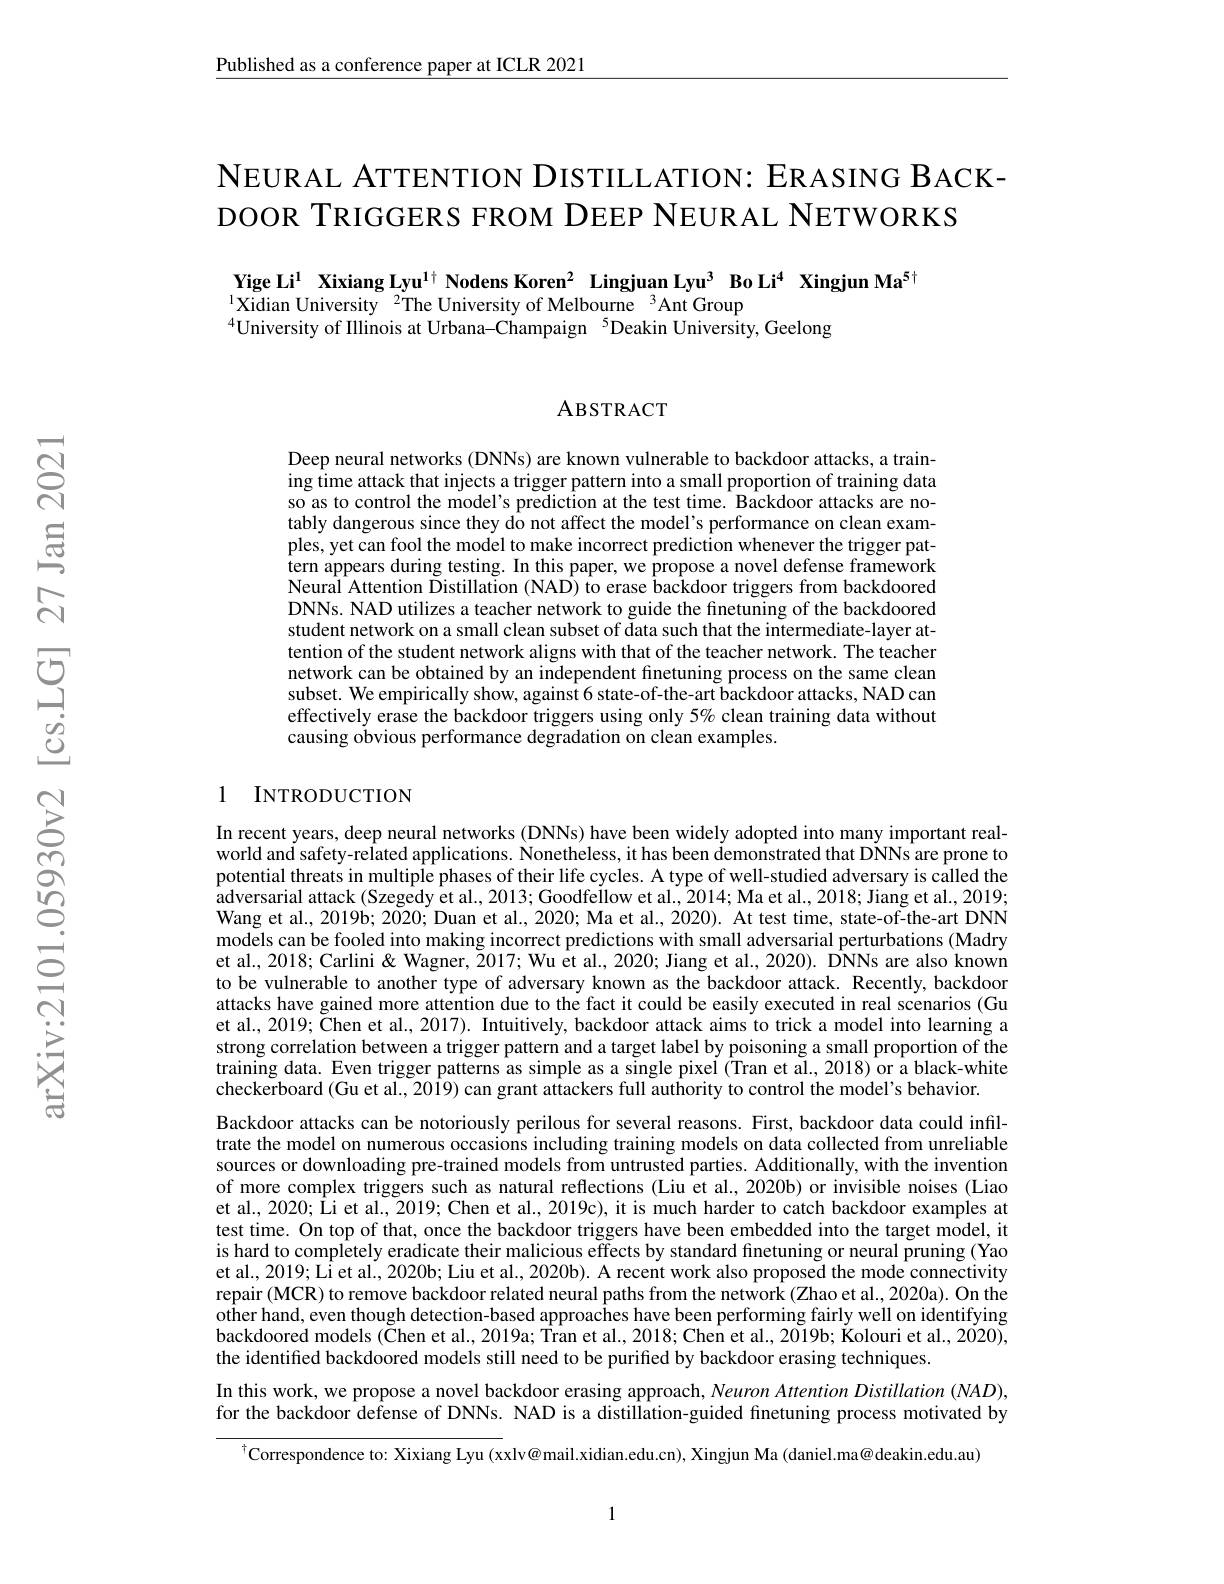
Published as a conference paper at ICLR 2021

NEURAL ATTENTION DISTILLATION: ERASING BACK-
DOOR TRIGGERS FROM DEEP NEURAL NETWORKS

Yige Li$^{1}$ Xixiang Lyu$^{1+}$ Nodens Koren$^2$ Lingjuan Lyu$^{3}$ Bo Li$^{4}$ Xingjun Ma$^{5+}$
$^{1}$Xidian University$^2$The University of Melbourne$^3$Ant Group
$^{4}$University of Illinois at Urbana-Champaign$^{5}$Deakin University,Geelong

ABSTRACT

Deep neural networks (DNNs) are known vulnerable to backdoor attacks, a training time attack that injects a trigger pattern into a small proportion of training data so as to control the model's prediction at the test time. Backdoor attacks are notably dangerous since they do not affect the model's performance on clean examples, yet can fool the model to make incorrect prediction whenever the trigger pattern appears during testing. In this paper, we propose a novel defense framework Neural Attention Distillation (NAD) to erase backdoor triggers from backdoored DNNs. NAD utilizes a teacher network to guide the finetuning of the backdoored student network on a small clean subset of data such that the intermediate-layer attention of the student network aligns with that of the teacher network. The teacher network can be obtained by an independent finetuning process on the same clean subset. We empirically show, against 6 state-of-the-art backdoor attacks, NAD can effectively erase the backdoor triggers using only $5\%$ clean training data without causing obvious performance degradation on clean examples.

### 1 INTRODUCTION

In recent years, deep neural networks (DNNs) have been widely adopted into many important realworld and safety-related applications. Nonetheless, it has been demonstrated that DNNs are prone to potential threats in multiple phases of their life cycles. A type of well-studied adversary is called the adversarial attack (Szegedy et al., 2013; Goodfellow et al., 2014; Ma et al., 2018; Jiang et al., 2019; Wang et al., 2019b; 2020; Duan et al., 2020; Ma et al., 2020). At test time, state-of-the-art DNN models can be fooled into making incorrect predictions with small adversarial perturbations (Madry et al., 2018; Carlini & Wagner, 2017; Wu et al., 2020; Jiang et al., 2020). DNNs are also known to be vulnerable to another type of adversary known as the backdoor attack. Recently, backdoor attacks have gained more attention due to the fact it could be easily executed in real scenarios (Gu et al., 2019; Čhen et al., 2017). Intuitively, backdoor attack aims to trick a model into learning a strong correlation between a trigger pattern and a target label by poisoning a small proportion of the training data. Even trigger patterns as simple as a single pixel (Tran et al., 2018) or a black-white checkerboard (Gu et al., 2019) can grant attackers full authority to control the model's behavior.
Backdoor attacks can be notoriously perilous for several reasons. First, backdoor data could infiltrate the model on numerous occasions including training models on data collected from unreliable sources or downloading pre-trained models from untrusted parties. Additionally, with the invention of more complex triggers such as natural reflections (Liu et al., 2020b) or invisible noises (Liao et al., 2020; Li et al., 2019; Chen et al., 2019c), it is much harder to catch backdoor examples at test time. On top of that, once the backdoor triggers have been embedded into the target model, it is hard to completely eradicate their malicious effects by standard finetuning or neural pruning (Yao et al., 2019; Li et al., 2020b; Liu et al., 2020b). A recent work also proposed the mode connectivity repair (MCR) to remove backdoor related neural paths from the network (Zhao et al, 2020a). On the other hand, even though detection-based approaches have been performing fairly well on identifying backdoored models (Čhen et al., 2019a; Îran et al., 2018; Chen et al., 2019b; Kolouri et al., 2020), the identified backdoored models still need to be purified by backdoor erasing techniques.
In this work, we propose a novel backdoor erasing approach, Neuron Attention Distillation (NAD), for the backdoor defense of DNNs. NAD is a distillation-guided fnetuning process motivated by

$^{\dagger}$Correspondence to: Xixiang Lyu (xxlv@mail.xidian.edu.cn), Xingjun Ma (daniel.ma@deakin.edu.au)

1